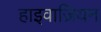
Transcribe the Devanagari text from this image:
हाइवाज़ियन